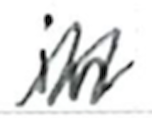
Text: in
Cross-out: zig-zag
Writing tool: ballpoint